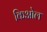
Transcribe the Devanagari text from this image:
किओल